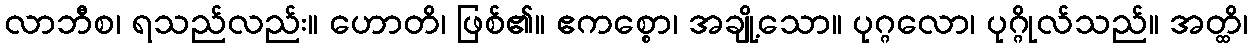
လာဘီစ၊ ရသည်လည်း။ ဟောတိ၊ ဖြစ်၏။ ဧကစ္စော၊ အချို့သော။ ပုဂ္ဂလော၊ ပုဂ္ဂိုလ်သည်။ အတ္ထိ၊